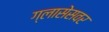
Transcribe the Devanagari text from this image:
ग्लासेसवर